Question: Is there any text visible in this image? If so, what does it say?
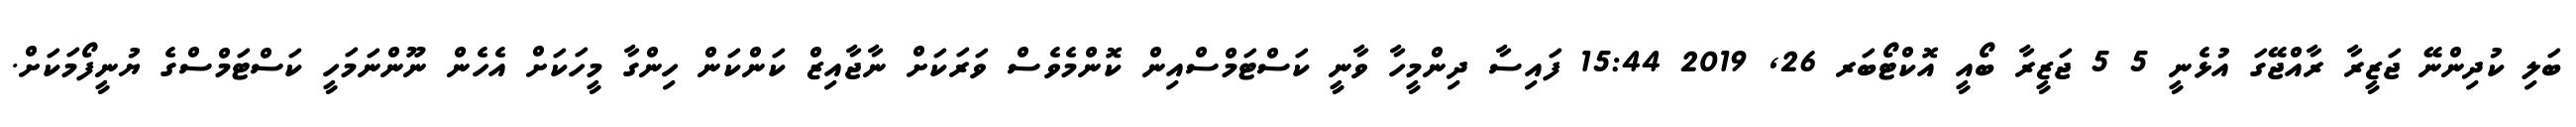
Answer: ބަލި ކުދިންނޭ ޖަޒީރާ ރާއްޖޭގަ އުޅެނީ 5 5 ޖަޒީރާ ބޯއީ އޮކްޓޯބަރ 26, 2019 15:44 ފައިސާ ދިންމީހާ ވާނީ ކަސްޓަމްސްއިން ކޮންމެވެސް ވަރަކަށް ނާޖާއިޒް ކަންކަން ހިންގާ މީހަކަށް އެހެން ނޫންނަމަހީ ކަސްޓަމްސްގެ ޔުނީފޯމަކަށް.